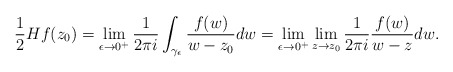
\begin{align*}\frac{1}{2}H f(z_{0})=\lim_{\epsilon\rightarrow 0^{+}}\frac{1}{2\pi i}\int_{\gamma_{\epsilon}}\frac{f(w)}{w-z_{0}}dw=\lim_{\epsilon\rightarrow0^{+}}\lim_{z\rightarrow z_{0}}\frac{1}{2\pi i}\frac{f(w)}{w-z}dw.\end{align*}